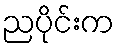
ညပိုင်းက